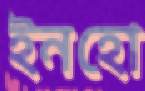
ইনহো